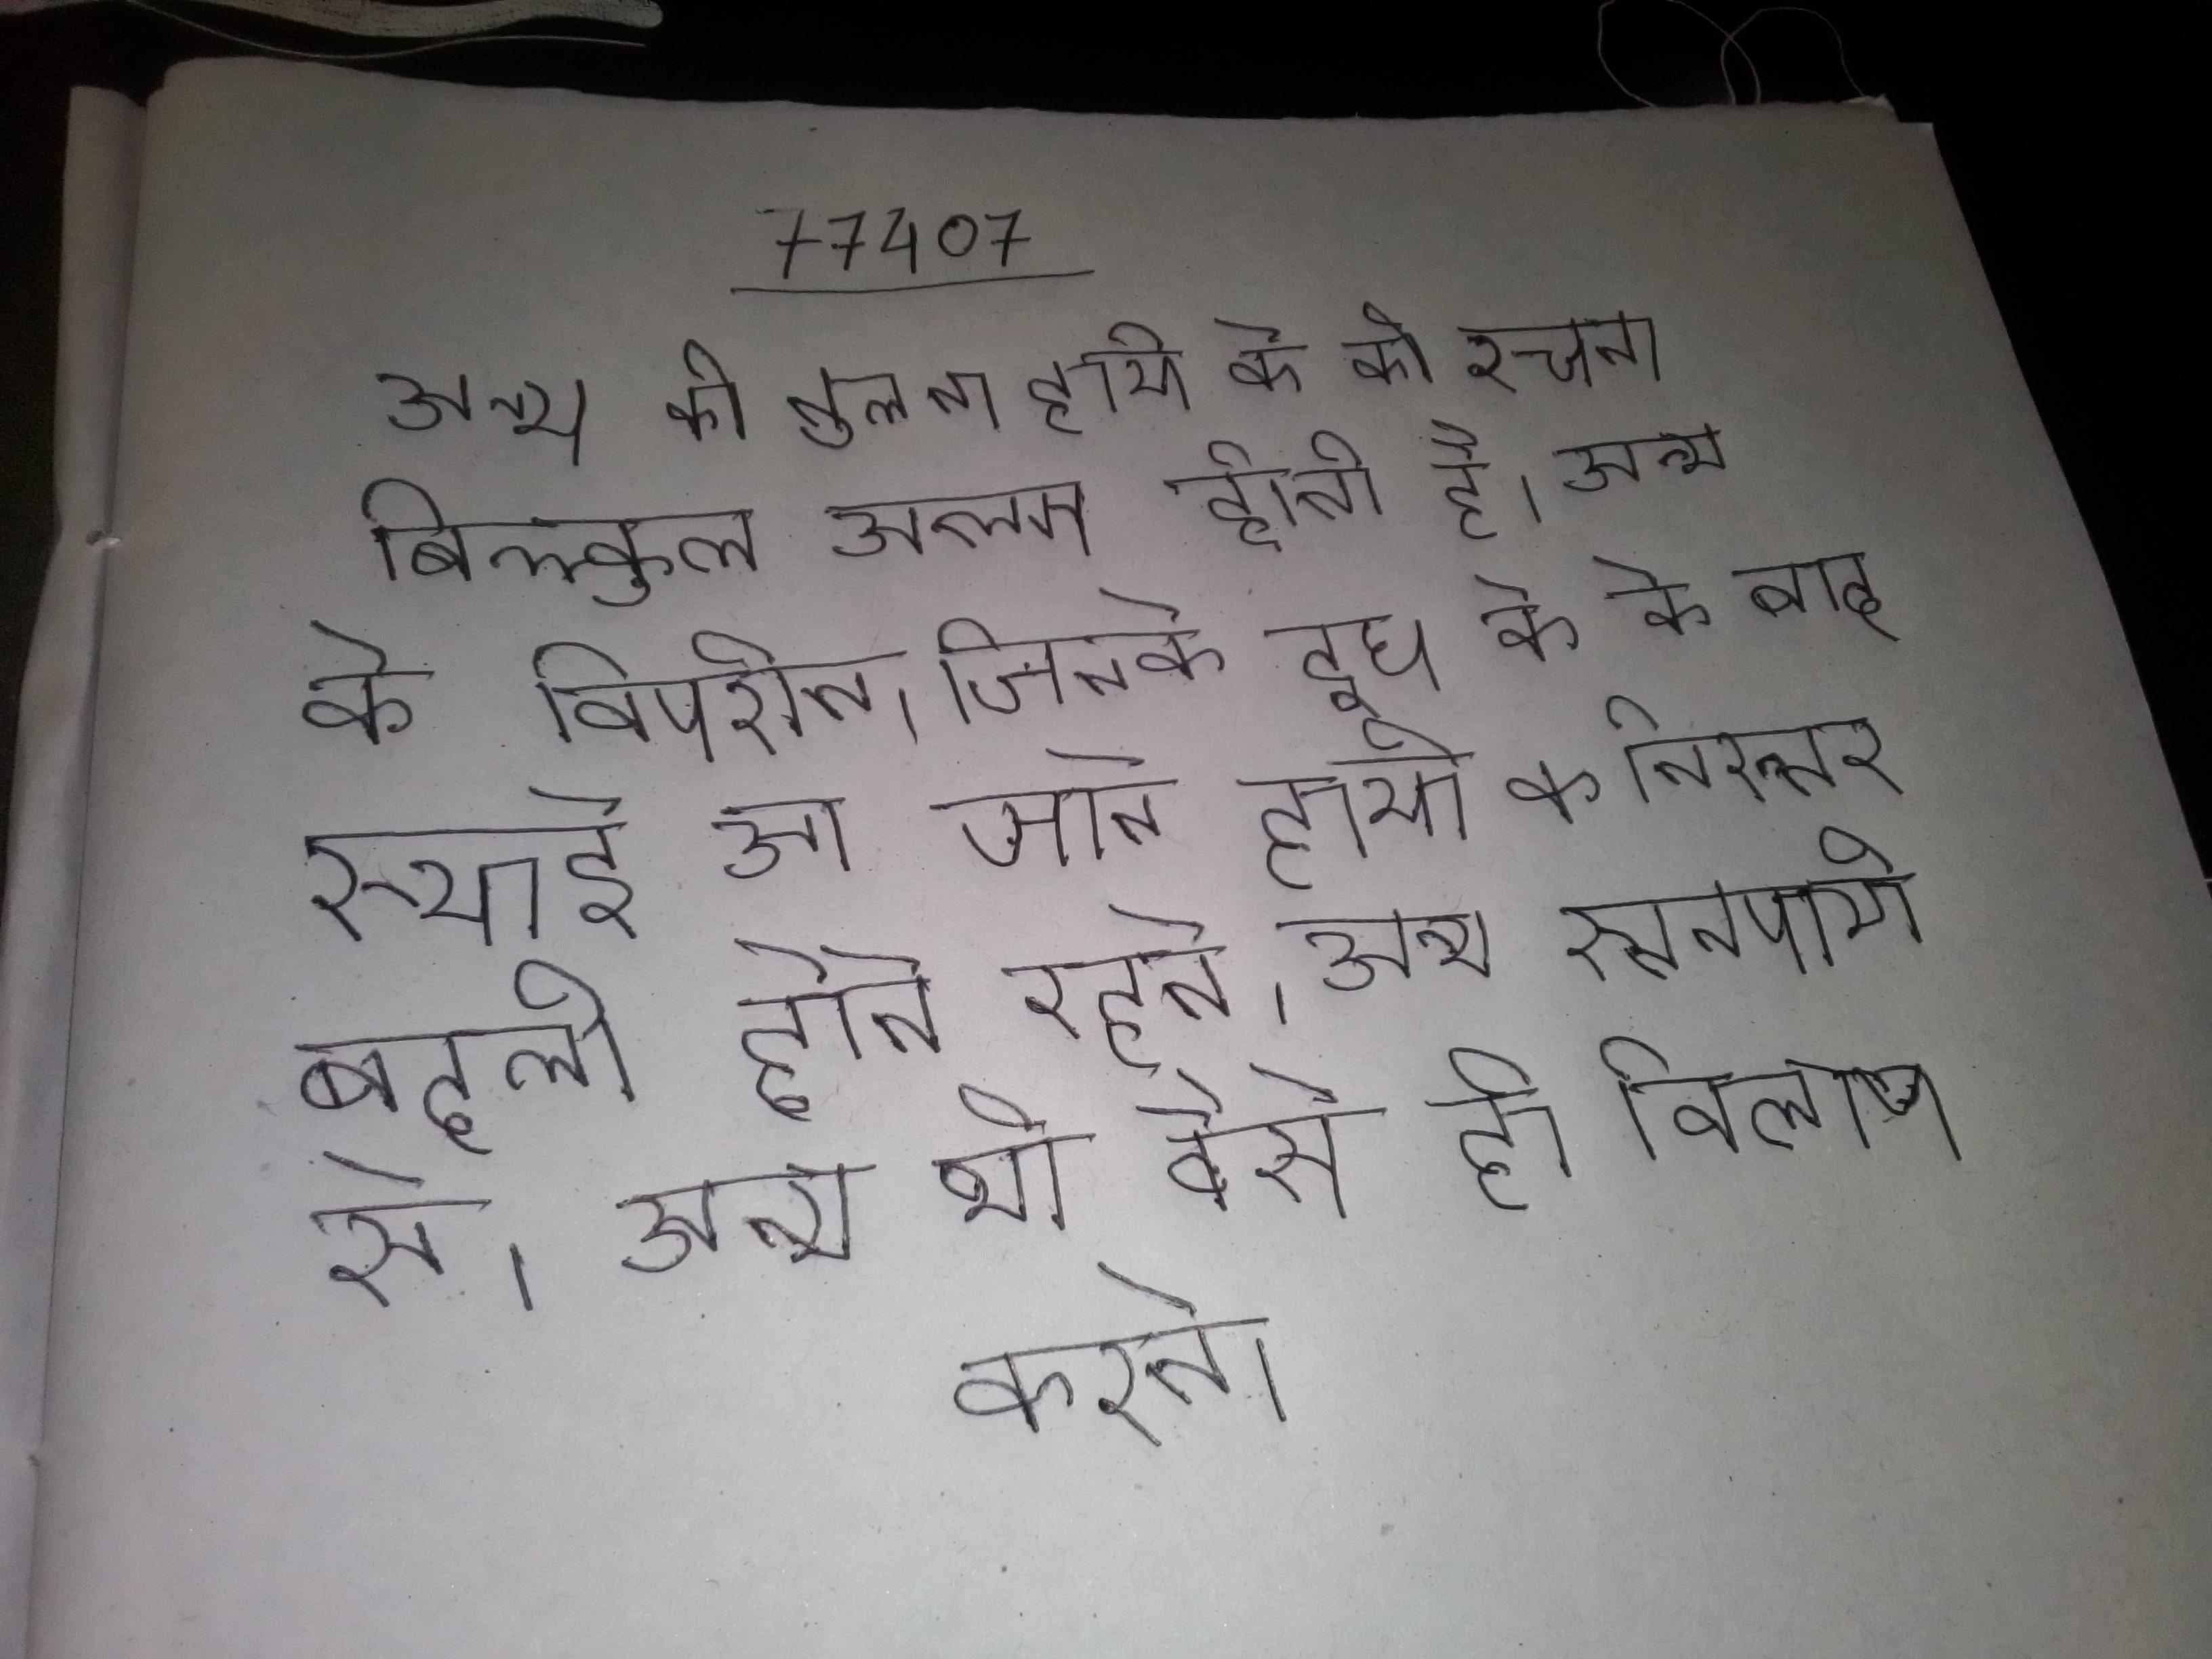
अन्य की तुलना हाथी के की रचना बिल्कुल अलग होती है । अन्य के विपरीत, जिनके दूध के के बाद स्थाई आ जाते हाथी के निरन्तर बदली होते रहते । अन्य स्तनपायी से । अन्य भी वैसे ही विलाप करने ।